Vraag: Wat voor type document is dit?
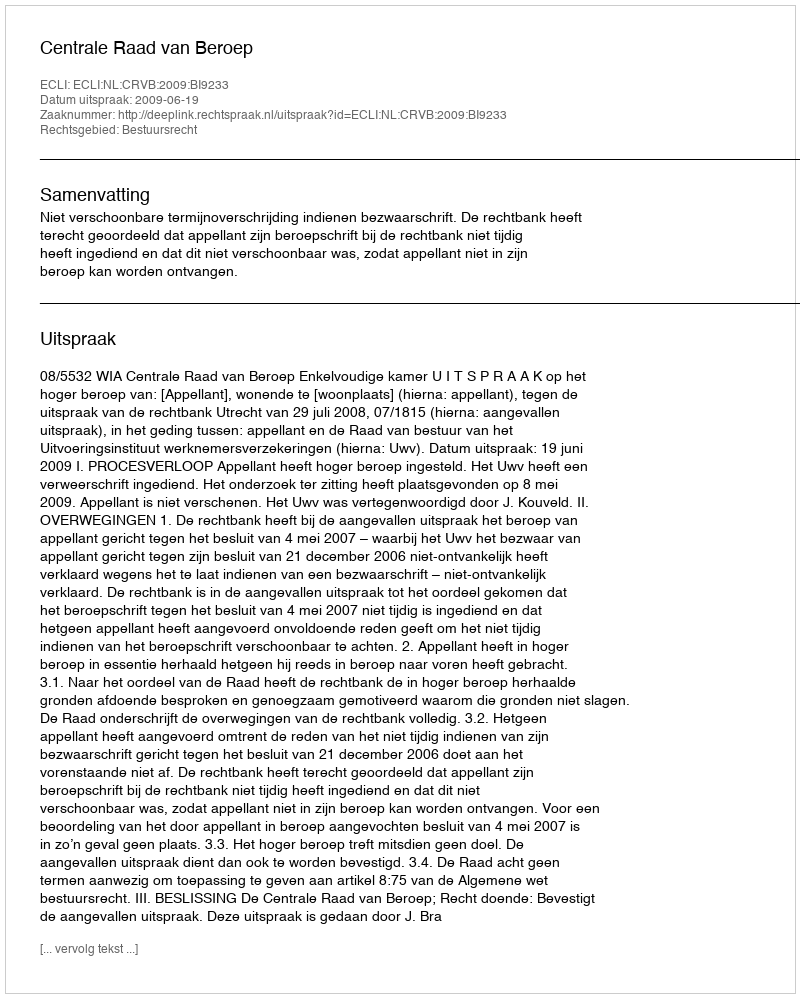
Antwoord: Uitspraak